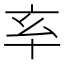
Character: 𠅋